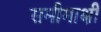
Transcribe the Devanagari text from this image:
समीमाक्षी